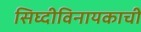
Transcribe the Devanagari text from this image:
सिघ्दीविनायकाची